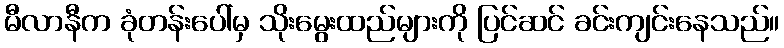
မီလာနီက ခုံတန်းပေါ်မှ သိုးမွေးထည်များကို ပြင်ဆင် ခင်းကျင်းနေသည်။